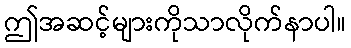
ဤအဆင့်များကိုသာလိုက်နာပါ။